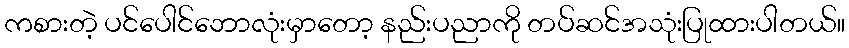
ကစားတဲ့ ပင်ပေါင်ဘောလုံးမှာတော့ နည်းပညာကို တပ်ဆင်အသုံးပြုထားပါတယ်။